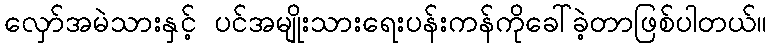
လှော်အမဲသားနှင့် ပင်အမျိုးသားရေးပန်းကန်ကိုခေါ်ခဲ့တာဖြစ်ပါတယ်။